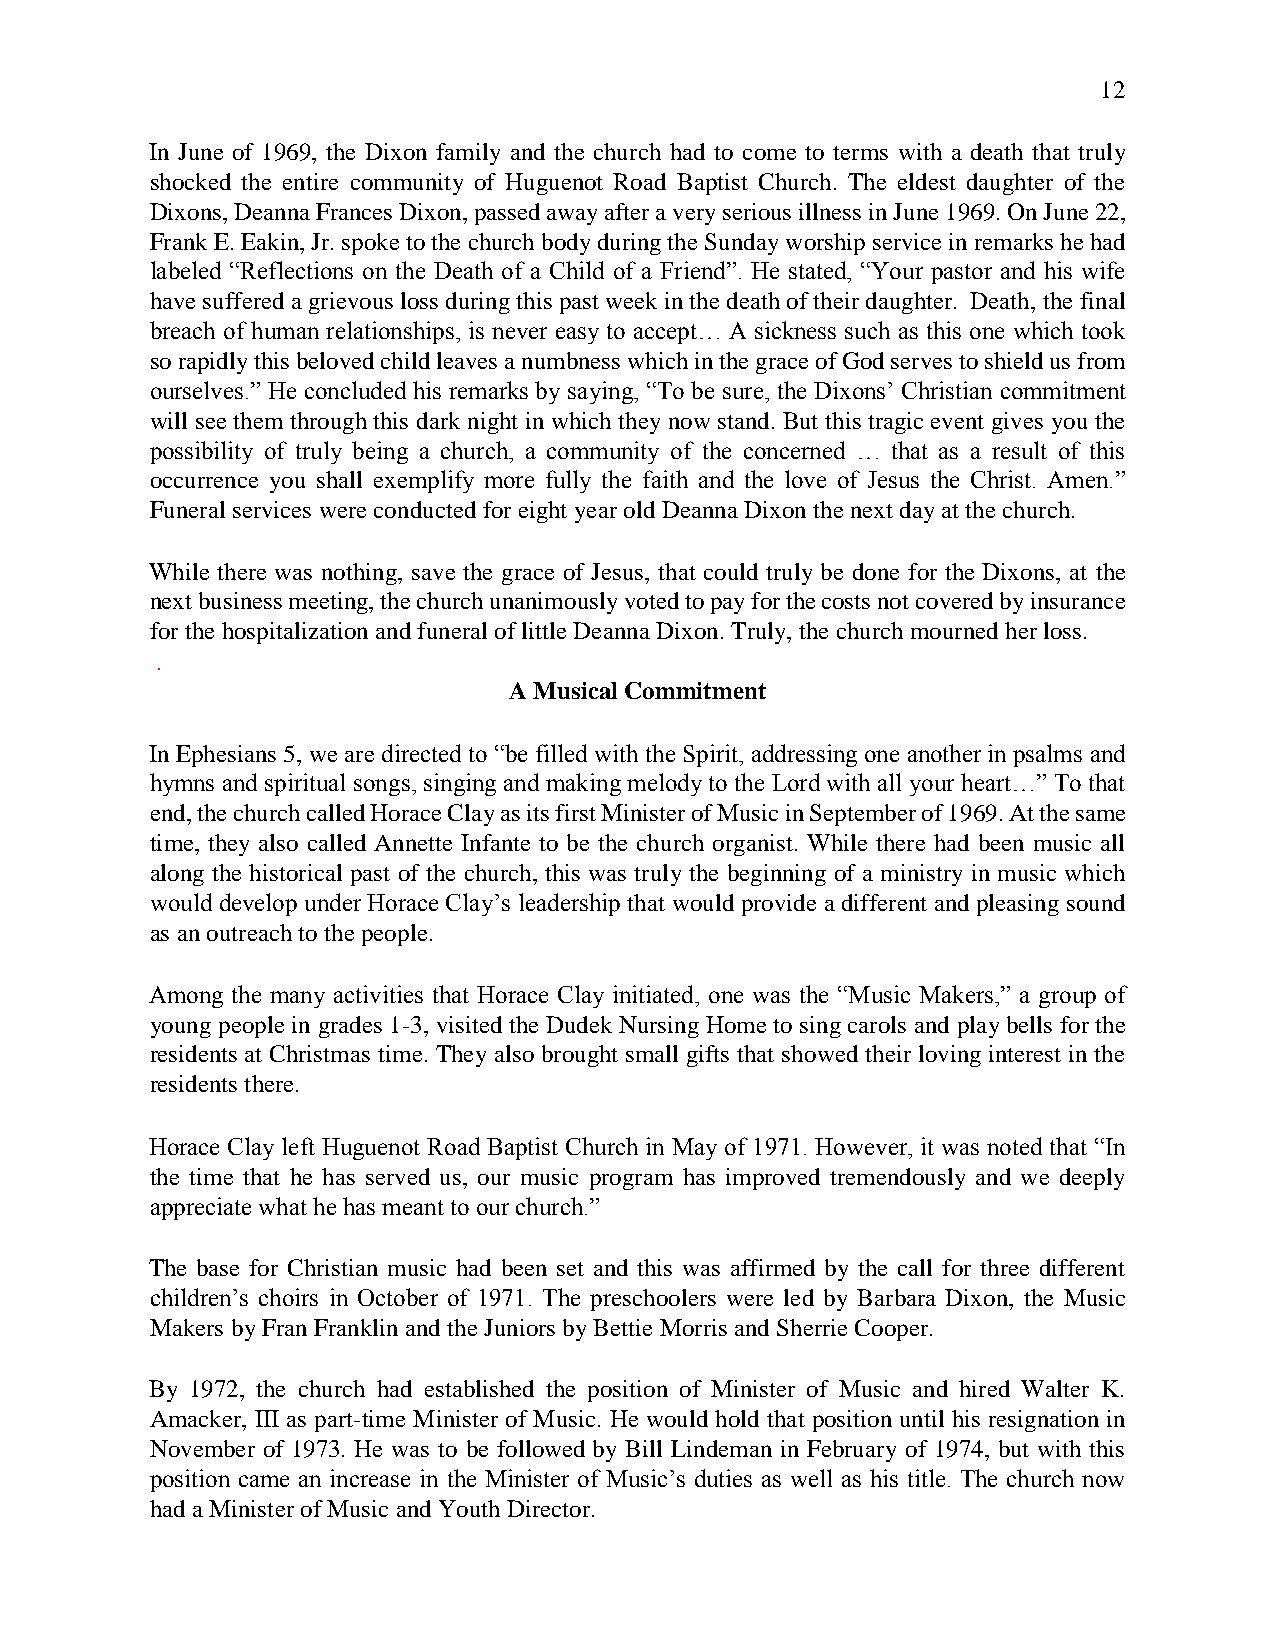
12
 In June of 1969, the Dixon family and the church had to come to terms with a death that truly
 shocked the entire community of Huguenot Road Baptist Church. The eldest daughter of the
 Dixons, Deanna Frances Dixon, passed away after a very serious illness in June 1969. On June 22,
 Frank E. Eakin, Jr. spoke to the church body during the Sunday worship service in remarks he had
 labeled “Reflections on the Death of a Child of a Friend”. He stated, “Your pastor and his wife
 have suffered a grievous loss during this past week in the death of their daughter. Death, the final
 breach of human relationships, is never easy to accept… A sickness such as this one which took
 so rapidly this beloved child leaves a numbness which in the grace of God serves to shield us from
 ourselves.” He concluded his remarks by saying, “To be sure, the Dixons’ Christian commitment
 will see them through this dark night in which they now stand. But this tragic event gives you the
 possibility of truly being a church, a community of the concerned … that as a result of this
 occurrence you shall exemplify more fully the faith and the love of Jesus the Christ. Amen.”
 Funeral services were conducted for eight year old Deanna Dixon the next day at the church.
 While there was nothing, save the grace of Jesus, that could truly be done for the Dixons, at the
 next business meeting, the church unanimously voted to pay for the costs not covered by insurance
 for the hospitalization and funeral of little Deanna Dixon. Truly, the church mourned her loss.
 .
 A Musical Commitment
 In Ephesians 5, we are directed to “be filled with the Spirit, addressing one another in psalms and
 hymns and spiritual songs, singing and making melody to the Lord with all your heart…” To that
 end, the church called Horace Clay as its first Minister of Music in September of 1969. At the same
 time, they also called Annette Infante to be the church organist. While there had been music all
 along the historical past of the church, this was truly the beginning of a ministry in music which
 would develop under Horace Clay’s leadership that would provide a different and pleasing sound
 as an outreach to the people.
 Among the many activities that Horace Clay initiated, one was the “Music Makers,” a group of
 young people in grades 1-3, visited the Dudek Nursing Home to sing carols and play bells for the
 residents at Christmas time. They also brought small gifts that showed their loving interest in the
 residents there.
 Horace Clay left Huguenot Road Baptist Church in May of 1971. However, it was noted that “In
 the time that he has served us, our music program has improved tremendously and we deeply
 appreciate what he has meant to our church.”
 The base for Christian music had been set and this was affirmed by the call for three different
 children’s choirs in October of 1971. The preschoolers were led by Barbara Dixon, the Music
 Makers by Fran Franklin and the Juniors by Bettie Morris and Sherrie Cooper.
 By 1972, the church had established the position of Minister of Music and hired Walter K.
 Amacker, III as part-time Minister of Music. He would hold that position until his resignation in
 November of 1973. He was to be followed by Bill Lindeman in February of 1974, but with this
 position came an increase in the Minister of Music’s duties as well as his title. The church now
 had a Minister of Music and Youth Director.